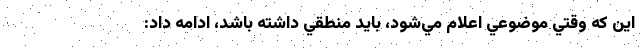
اين كه وقتي موضوعي اعلام مي‌شود، بايد منطقي داشته باشد، ادامه داد: